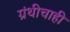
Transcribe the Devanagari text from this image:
ग्रंथीचाही